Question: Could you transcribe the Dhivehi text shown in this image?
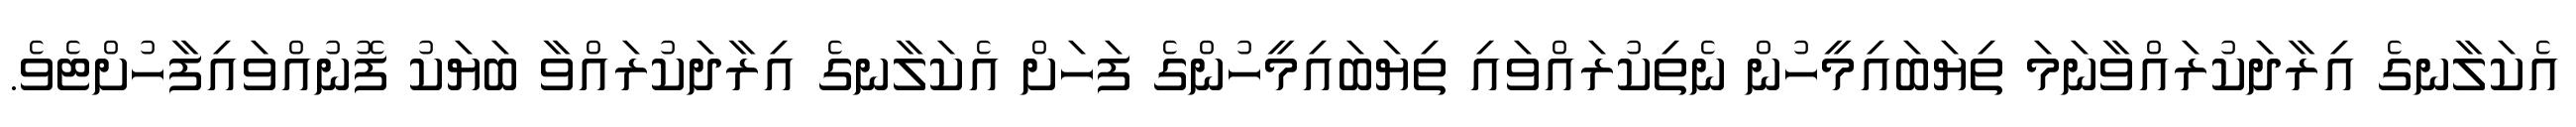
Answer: އެކަލާނގެ އިރާދަކުރައްވާނަމަ ތިޔަބައިމީހުން ނެތިކުރައްވައި ތިޔަބައިމީހުންގެ ފަހަށް އެކަލާނގެ އިރާދަކުރައްވާ ބަޔަކު ފޮނުއްވައިފާހުށްޓެވެ.